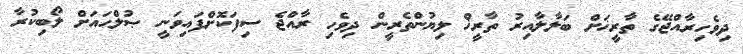
ދިވެހިރާއްޖޭގެ ތާރީޚަށް ބަލާލާއިރު ތާރީޚް ލިޔުންތެރީން ދިވެހި ރާއްޖެ ސިފަކޮށްފައިވަނީ ޞުލްޙައަށް ލޯބިކުރާ